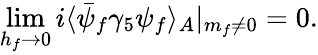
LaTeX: \operatorname*{lim}_{h_{f}\rightarrow 0}i\langle\bar{\psi}_{f}\gamma_{5}\psi_{f}\rangle_{A}|_{m_{f}\ne 0}=0.